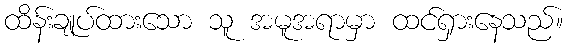
ထိန်းချုပ်ထားသော သူ အမူအရာမှာ ထင်ရှားနေသည်။